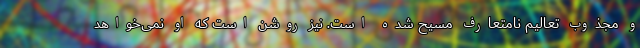
و مجذوب تعالیم نامتعارف مسیح شده است. نیز روشن است که او نمی‌خواهد